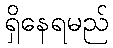
ရှိနေရမည်